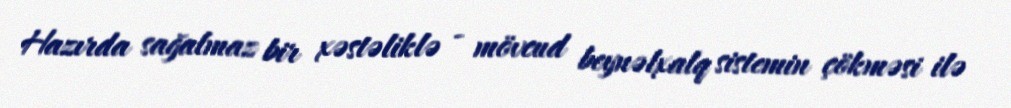
Hazırda sağalmaz bir xəstəliklə - mövcud beynəlxalq sistemin çökməsi ilə